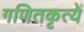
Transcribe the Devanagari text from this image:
गणितकृत्ये